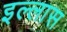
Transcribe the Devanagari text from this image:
इल्लास